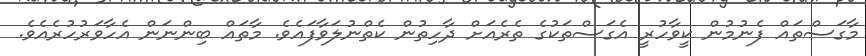
މާގަސްތައް ފެނުމުން ކީވާހުރީ އެގަސްތަކުގެ ތެރެއަށް ދާހިތުން ކެތްނުލަވާފައެވެ. މާތައް ބިންނަން އެހާވަރުހުރެއެވެ.